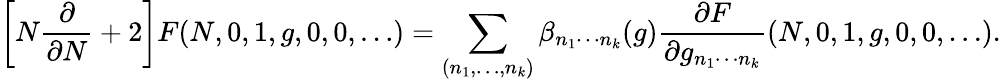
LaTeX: \left[N\frac{\partial}{\partial N}+2\right]F(N,0,1,g,0,0,\ldots)=\sum_{(n_{1},\ldots,n_{k})}\beta_{n_{1}\cdots n_{k}}(g)\frac{\partial F}{\partial g_{n_{1}\cdots n_{k}}}(N,0,1,g,0,0,\ldots).